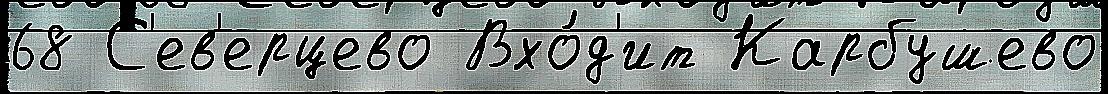
68 С'ев'ерцево Вхо́д'ит Карбушево